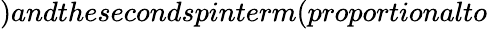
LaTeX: )andthesecondspinterm(proportionalto